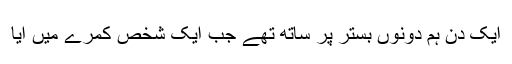
ایک دن ہم دونوں بستر پر ساتھ تھے جب ایک شخص کمرے میں آیا